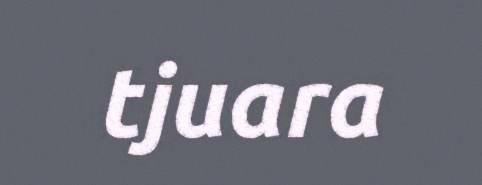
tjuara